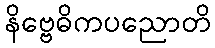
နိဗ္ဗေဓိကပညောတိ